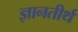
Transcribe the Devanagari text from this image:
ज्ञानतीर्थ